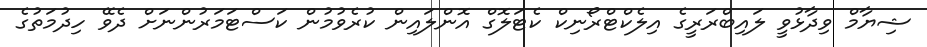
ޝިޔާމް ވިދާޅުވީ ލައިބްރަރީގެ އިލެކްޓްރޯނިކް ކެޓަލޮގް އޮންލައިން ކުރެވުމުން ކަސްޓަމަރުންނަށް ދެވޭ ހިދުމަތުގެ